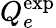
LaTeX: Q_{e}^{\mathrm{exp}}